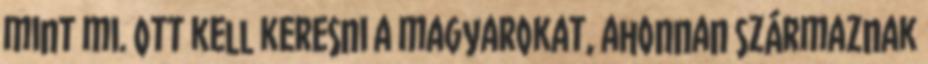
mint mi. Ott kell keresni a magyarokat, ahonnan származnak